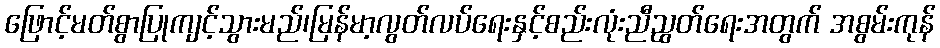
ဖြောင့်မတ်စွာပြုကျင့်သွားမည်၊မြန်မာ့လွတ်လပ်ရေးနှင့်စည်းလုံးညီညွတ်ရေးအတွက် အစွမ်းကုန်